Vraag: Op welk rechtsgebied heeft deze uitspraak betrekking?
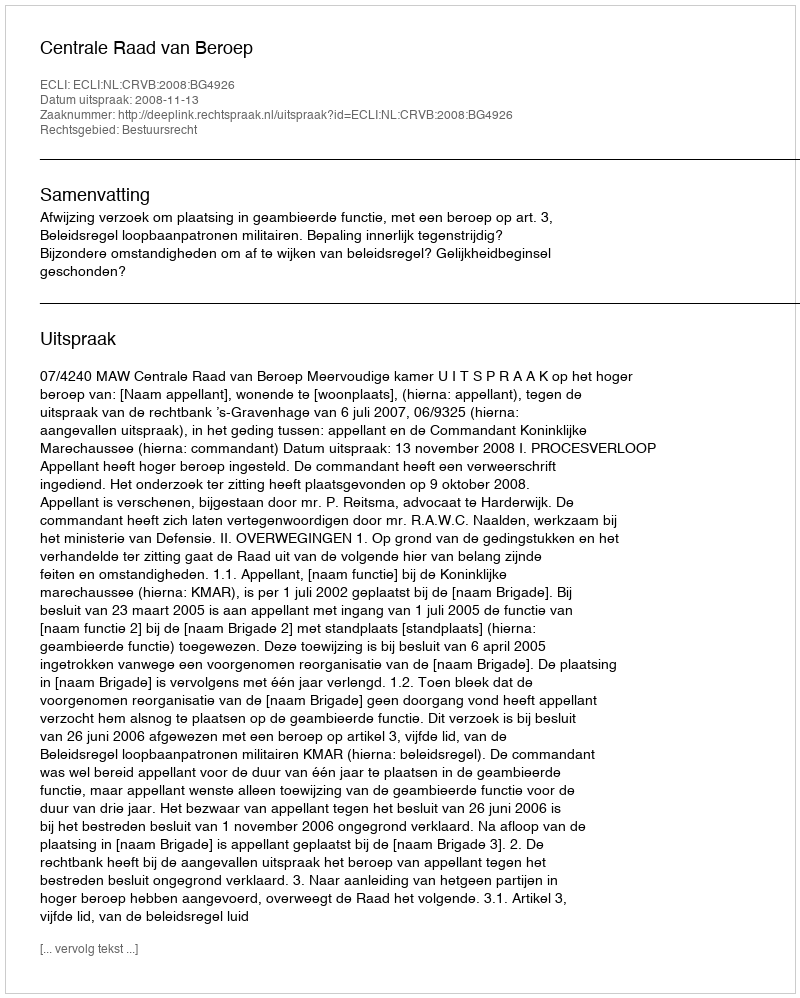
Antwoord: Bestuursrecht